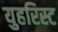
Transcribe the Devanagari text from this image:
युहरिस्ट